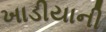
ખાડીયાની